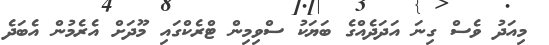
މިއަދު ވެސް ގިނަ އަދަދެއްގެ ބަޔަކު ސްވިމިން ޓްރެކްގައި މޫދަށް އެރެމުން އެބަދެ